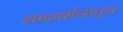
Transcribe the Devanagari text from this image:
शब्ददर्शनातून